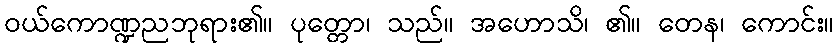
ဝယ်ကောဏ္ဍညဘုရား၏။ ပုတ္တော၊ သည်။ အဟောသိ၊ ၏။ တေန၊ ကောင်း။